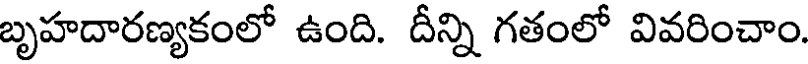
బృహదారణ్యకంలో ఉంది. దీన్ని గతంలో వివరించాం.